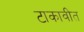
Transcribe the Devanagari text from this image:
टाकावीत